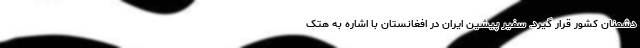
دشمنان کشور قرار گیرد. سفیر پیشین ایران در افغانستان با اشاره به هتک